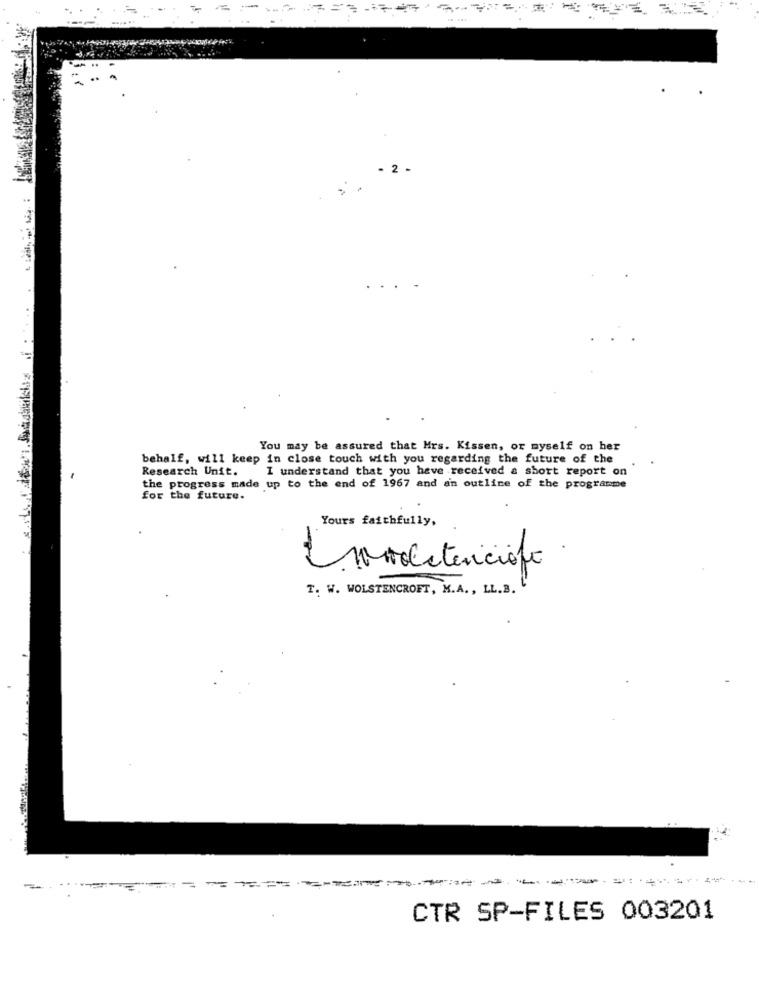
2
You may be assured that Mrs. Kissen, or myself on her
behalf, will keep in close touch with you regarding the future of the
Research Unit. I understand that you have received a short report on
the progress made up to the end of 1967 and an outline of the programme
for the future.
Yours faithfully,
T. W. WOLSTENCROFT, K.A ., LL.B.
=-=-------
CTR SP-FILES 003201